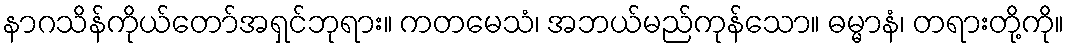
နာဂသိန်ကိုယ်တော်အရှင်ဘုရား။ ကတမေသံ၊ အဘယ်မည်ကုန်သော။ ဓမ္မာနံ၊ တရားတို့ကို။